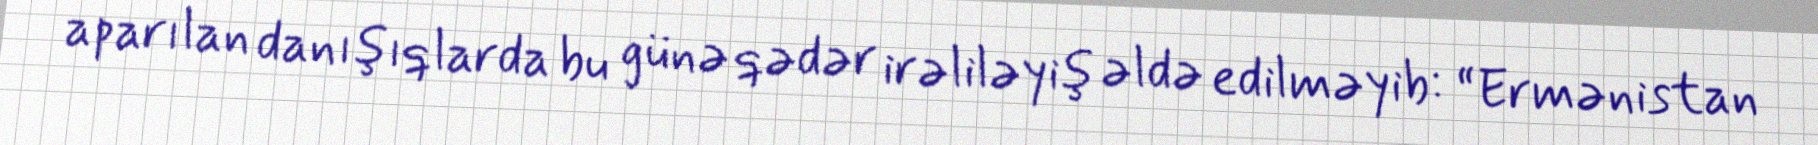
aparılan danışıqlarda bu günə qədər irəliləyiş əldə edilməyib: “Ermənistan